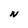
Character: N